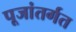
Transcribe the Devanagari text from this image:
पूजांतर्गत